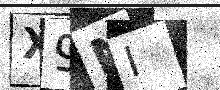
Text: X9NI